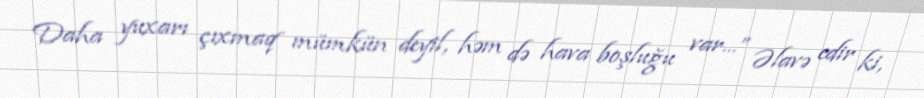
Daha yuxarı çıxmaq mümkün deyil, həm də hava boşluğu var...” Əlavə edir ki,